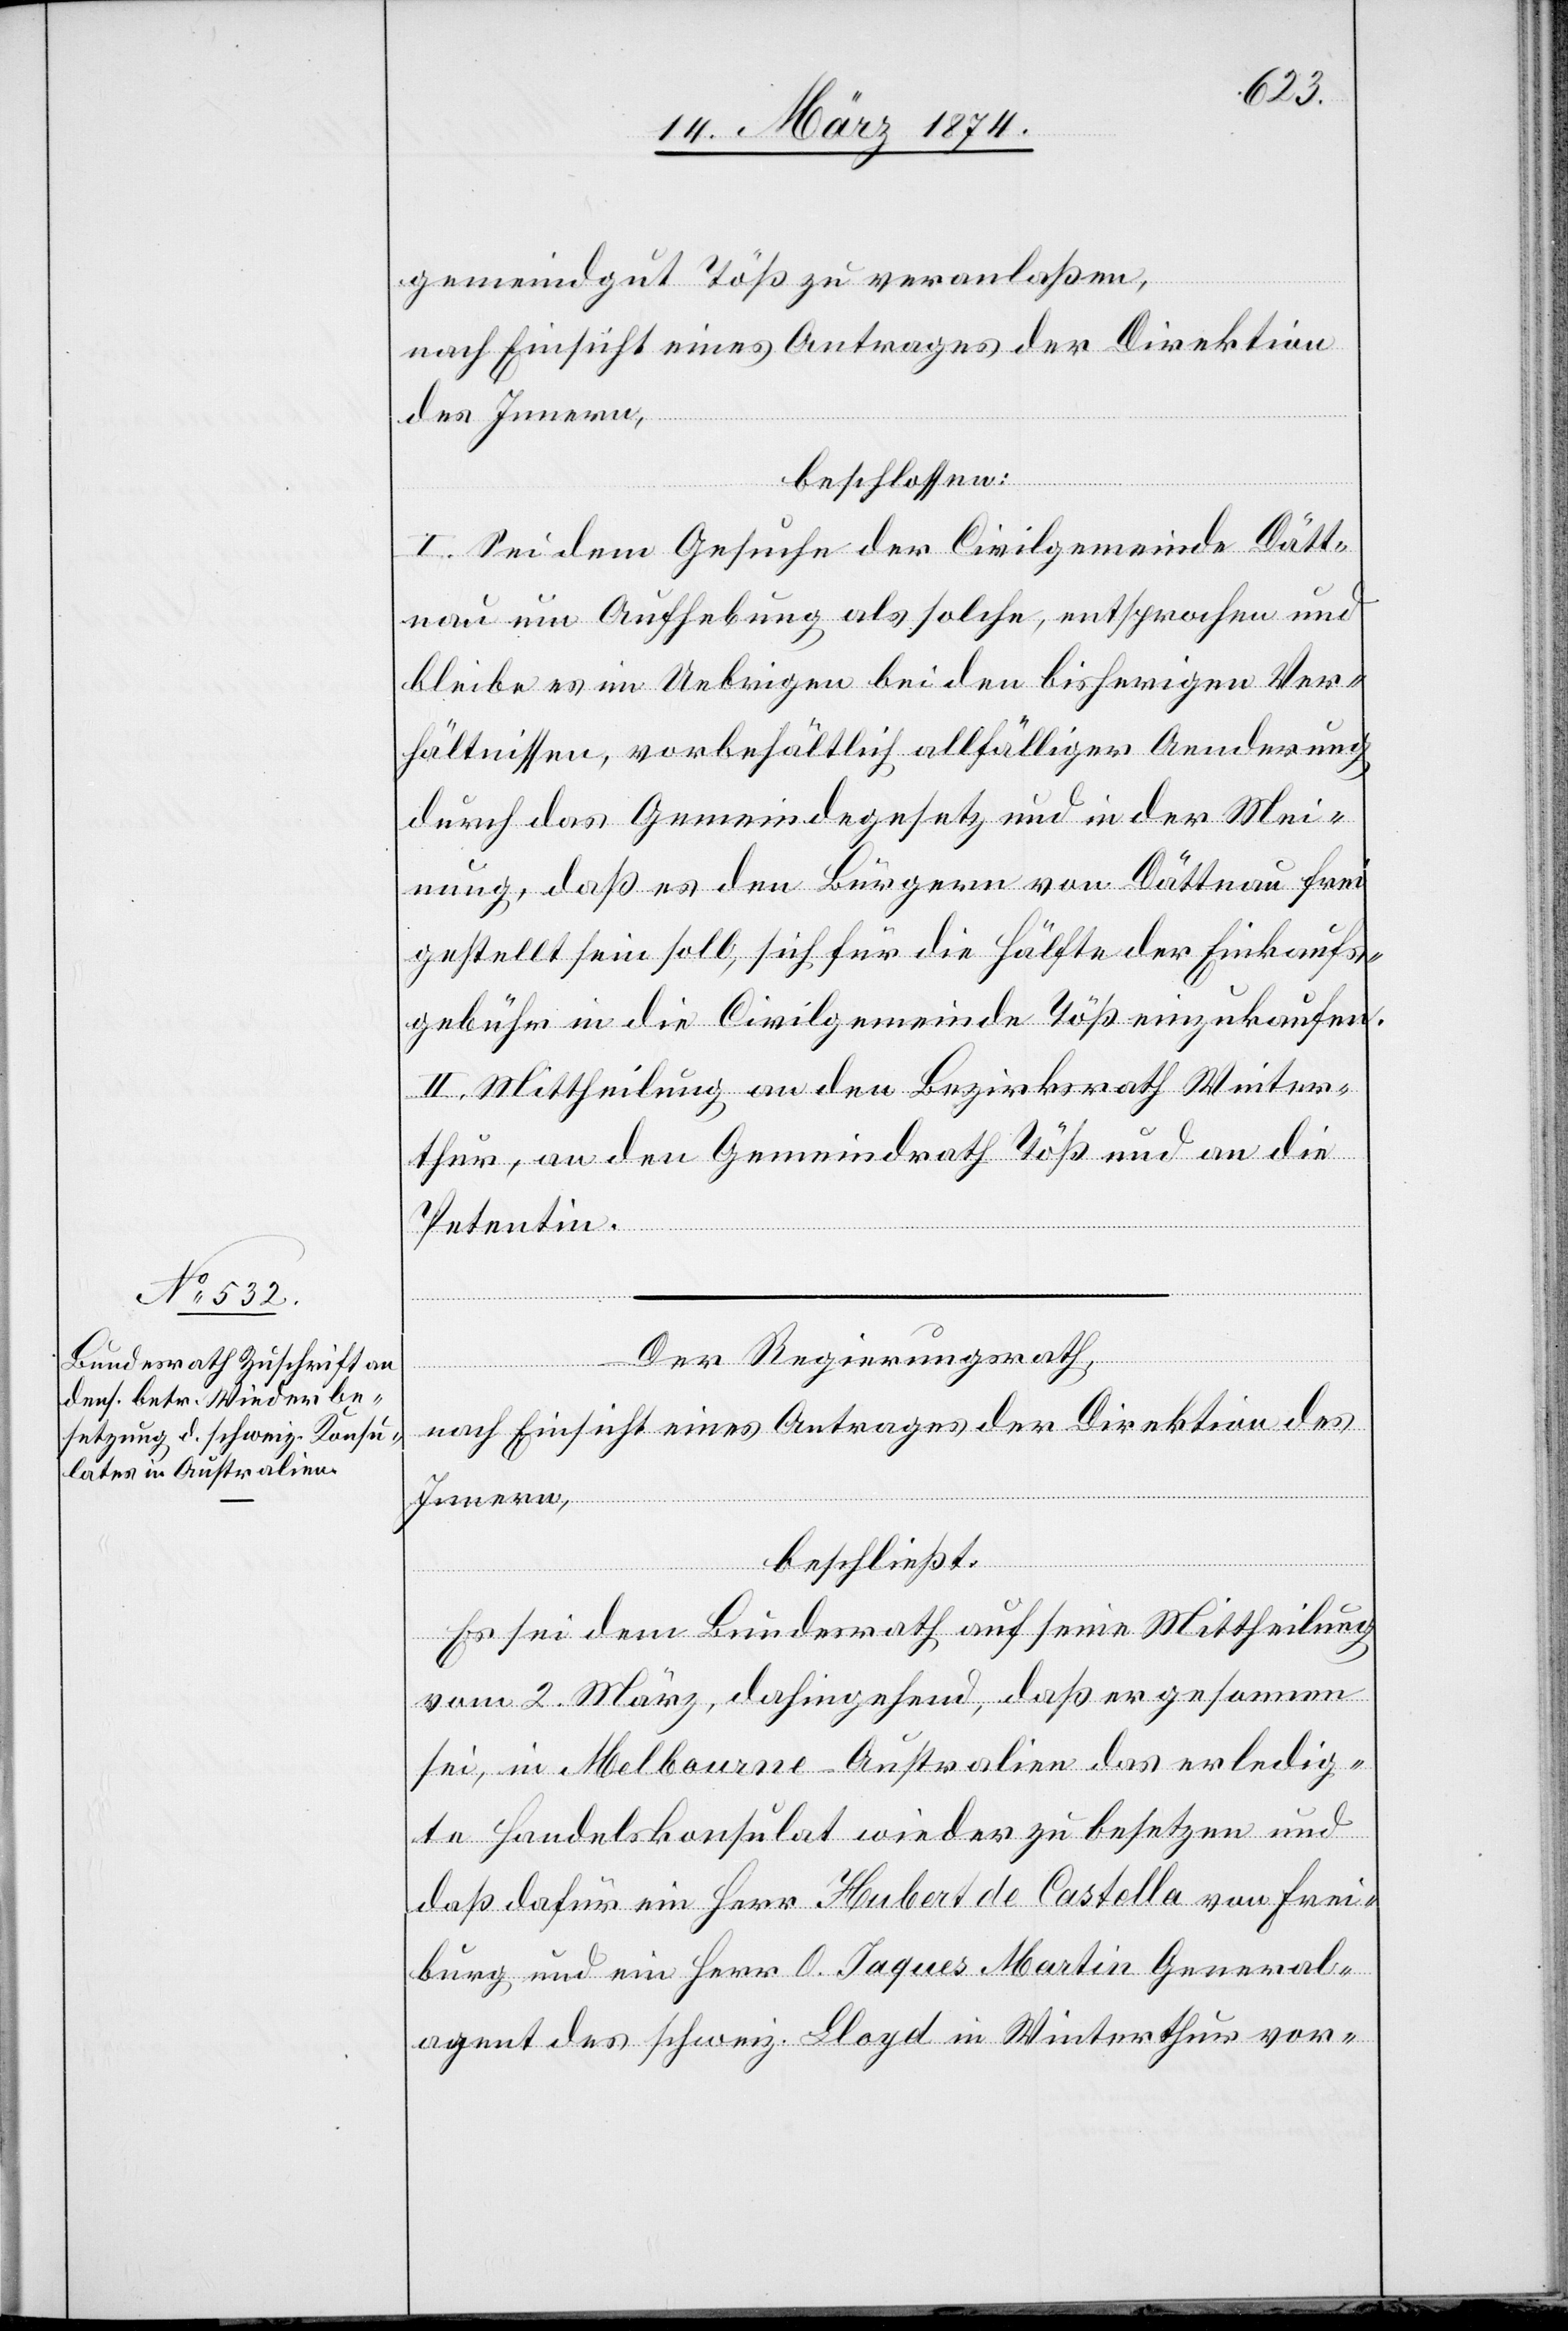
gemeindgut Töß zu veranlaßen,
nach Einsicht eines Antrages der Direktion
des Innern,
beschlossen:
I. Sei dem Gesuche der Civilgemeinde Dätt¬
nau um Aufhebung als solche, entsprochen und
bleibe es im Uebrigen bei den bisherigen Ver¬
hältnissen, vorbehältlich allfälliger Aenderung
durch das Gemeindegesetz und in der Mei¬
nung, daß es den Bürgern von Dättnau frei
gestellt sein soll, sich für die Hälfte der Einkaufs¬
gebühr in die Civilgemeinde Töß einzukaufen.
II. Mittheilung an den Bezirksrath Winter¬
thur, an den Gemeindrath Töß und an die
Petentin.
Der Regierungsrath,
nach Einsicht eines Antrages der Direktion des
Innern,
beschließt:
Es sei dem Bundesrath auf seine Mittheilung
vom 2. März, dahingehend, daß er gesonnen
sei, in Melbourne-Australien das erledig¬
te Handelskonsulat wieder zu besetzen und
daß dafür ein Herr Hubert de Castella von Frei¬
burg und ein Herr O. Jaques Martin General¬
agent des schweiz. Lloyd in Winterthur vor-